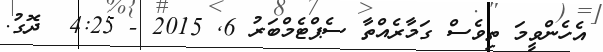
އެހެންވީމަ ތިވެސް ގަމާރެއްތާ ސެޕްޓެމްބަރު 6